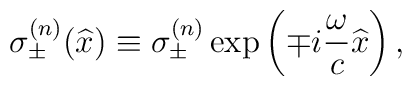
\sigma^{(n)}_\pm (\widehat{x}) \equiv\sigma_{\pm}^{(n)} \exp \left( \mp i \frac{\omega}{c} \widehat{x} \right) , \nonumber